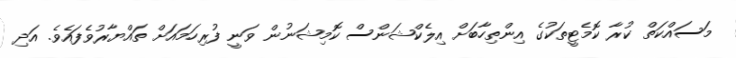
މަސައްކަތް ކުރާ ކޮމެޓީތަކުގެ އިންތިހާބަށް އިލެކްޝަންސް ކޮމިޝަނުން ވަނީ ފުރިހަމައަށް ތައްޔާރުވެފައެވެ. އަދި